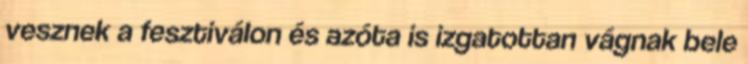
vesznek a fesztiválon és azóta is izgatottan vágnak bele